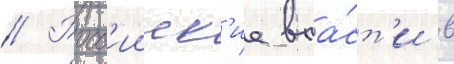
// Росс'ииск'ие вла́ст'и в